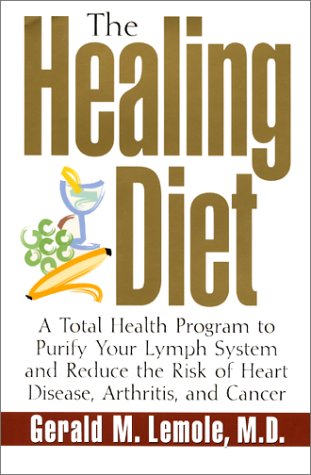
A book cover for The Healing Diet: A Total Health Program to Purify Your Lymph System and Reduce the Risk of Heart Disease, Arthritis, and Cancer; Gerald M. Lemole; Health, Fitness & Dieting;